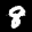
Label: 8